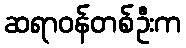
ဆရာဝန်တစ်ဦးက